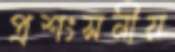
প্রশংসনীয়